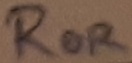
Text: ROR